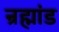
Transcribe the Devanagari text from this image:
न्रह्मांड